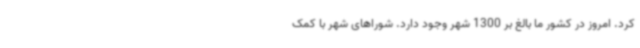
کرد. امروز در کشور ما بالغ بر 1300 شهر وجود دارد. شوراهای شهر با کمک